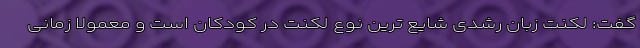
گفت: لکنت زبان رشدی شایع ‌ترین نوع لکنت در کودکان است و معمولاً زمانی